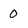
Character: 0